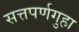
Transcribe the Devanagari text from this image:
सत्तपर्णगुहा